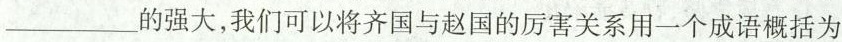
___的强大，我们可以将齐国与赵国的厉害关系用一个成语概括为